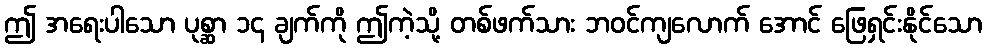
ဤ အရေးပါသော ပုစ္ဆာ ၁၄ ချက်ကို ဤကဲ့သို့ တစ်ဖက်သား ဘဝင်ကျလောက် အောင် ဖြေရှင်းနိုင်သော